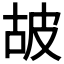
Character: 𤿞